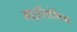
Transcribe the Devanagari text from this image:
माइसिडेशिया